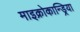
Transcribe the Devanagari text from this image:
माइक्रोकान्ड्रिया